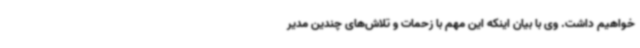
خواهیم داشت. وی با بیان اینکه این مهم با زحمات و تلاش‌های چندین مدیر